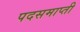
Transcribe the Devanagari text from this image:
पदसमाप्ती